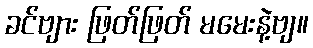
ခင်ဗျား ဖြတ်ဖြတ် မမေးနဲ့ဗျ။